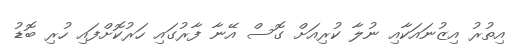
އިތުރު އިޒުނައަކާއި ނުލާ ކުރިއަށް ގޮސް އޭނާ ފާރުގައި ހަރުކޮށްފައި ހުރި ބޮޑު